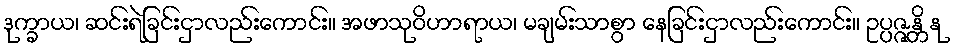
ဒုက္ခာယ၊ ဆင်းရဲခြင်းငှာလည်းကောင်း။ အဖာသုဝိဟာရာယ၊ မချမ်းသာစွာ နေခြင်းငှာလည်းကောင်း။ ဥပ္ပဇ္ဇန္တိ နု